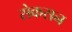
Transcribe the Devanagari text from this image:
सेकसन